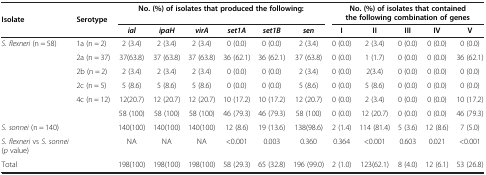
<table><thead><tr><td rowspan="2"><b>Isolate</b></td><td rowspan="2"><b>Serotype</b></td><td colspan="6"><b>No. (%) of isolates that produced the following:</b></td><td colspan="5"><b>No. (%) of isolates that contained the following combination of genes</b></td></tr><tr><td><b><i>ial</i></b></td><td><b><i>ipaH</i></b></td><td><b><i>virA</i></b></td><td><b><i>set1A</i></b></td><td><b><i>set1B</i></b></td><td><b><i>sen</i></b></td><td><b>I</b></td><td><b>II</b></td><td><b>III</b></td><td><b>IV</b></td><td><b>V</b></td></tr></thead><tbody><tr><td rowspan="6"><i>S. flexneri</i> (n = 58)</td><td>1a (n = 2)</td><td>2 (3.4)</td><td>2 (3.4)</td><td>2 (3.4)</td><td>0 (0.0)</td><td>0 (0.0)</td><td>2 (3.4)</td><td>0 (0.0)</td><td>2 (3.4)</td><td>0 (0.0)</td><td>0 (0.0)</td><td>0 (0.0)</td></tr><tr><td>2a (n = 37)</td><td>37(63.8)</td><td>37 (63.8)</td><td>37 (63.8)</td><td>36 (62.1)</td><td>36 (62.1)</td><td>37 (63.8)</td><td>0 (0.0)</td><td>1 (1.7)</td><td>0 (0.0)</td><td>0 (0.0)</td><td>36 (62.1)</td></tr><tr><td>2b (n = 2)</td><td>2 (3.4)</td><td>2 (3.4)</td><td>2 (3.4)</td><td>0 (0.0)</td><td>0 (0.0)</td><td>2 (3.4)</td><td>0 (0.0)</td><td>2(3.4)</td><td>0 (0.0)</td><td>0 (0.0)</td><td>0 (0.0)</td></tr><tr><td>2c (n = 5)</td><td>5 (8.6)</td><td>5 (8.6)</td><td>5 (8.6)</td><td>0 (0.0)</td><td>0 (0.0)</td><td>5 (8.6)</td><td>0 (0.0)</td><td>5 (8.6)</td><td>0 (0.0)</td><td>0 (0.0)</td><td>0 (0.0)</td></tr><tr><td>4c (n = 12)</td><td>12(20.7)</td><td>12 (20.7)</td><td>12 (20.7)</td><td>10 (17.2)</td><td>10 (17.2)</td><td>12 (20.7)</td><td>0 (0.0)</td><td>2 (3.4)</td><td>0 (0.0)</td><td>0 (0.0)</td><td>10 (17.2)</td></tr><tr><td> </td><td>58 (100)</td><td>58 (100)</td><td>58 (100)</td><td>46 (79.3)</td><td>46 (79.3)</td><td>58 (100)</td><td>0 (0.0)</td><td>12 (20.7)</td><td>0 (0.0)</td><td>0 (0.0)</td><td>46 (79.3)</td></tr><tr><td><i>S. sonnei</i> (n = 140)</td><td> </td><td>140(100)</td><td>140(100)</td><td>140(100)</td><td>12 (8.6)</td><td>19 (13.6)</td><td>138(98.6)</td><td>2 (1.4)</td><td>114 (81.4)</td><td>5 (3.6)</td><td>12 (8.6)</td><td>7 (5.0)</td></tr><tr><td><i>S. flexneri</i> vs <i>S. sonnei</i> (<i>p</i> value)</td><td> </td><td>NA</td><td>NA</td><td>NA</td><td>&lt;0.001</td><td>0.003</td><td>0.360</td><td>0.364</td><td>&lt;0.001</td><td>0.603</td><td>0.021</td><td>&lt;0.001</td></tr><tr><td>Total</td><td> </td><td>198(100)</td><td>198(100)</td><td>198(100)</td><td>58 (29.3)</td><td>65 (32.8)</td><td>196 (99.0)</td><td>2 (1.0)</td><td>123(62.1)</td><td>8 (4.0)</td><td>12 (6.1)</td><td>53 (26.8)</td></tr></tbody></table>